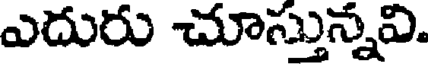
ఎదురు చూస్తున్నవి.